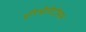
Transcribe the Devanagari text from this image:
एरिथीमेटोसस